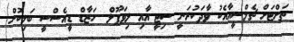
ތަށްޓަށް ޗެލްސީއާއެކު ވާދަކުރަނީ ސިޓީ އާއި ލިވަޕޫލް  ހަޒާޑް ޑީއެސްސީ ބަލިކޮށް